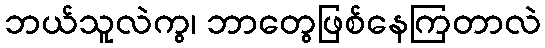
ဘယ်သူလဲကွ၊ ဘာတွေဖြစ်နေကြတာလဲ